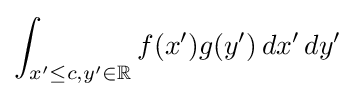
\int _{x'\leq c,y'\in \mathbb {R} }f(x')g(y')\,dx'\,dy'